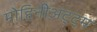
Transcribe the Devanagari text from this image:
मोहिनीअट्ट्म